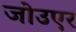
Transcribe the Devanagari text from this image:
जोउएर